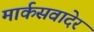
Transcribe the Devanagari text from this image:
मार्कसवादेर